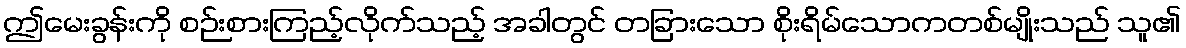
ဤမေးခွန်းကို စဉ်းစားကြည့်လိုက်သည့် အခါတွင် တခြားသော စိုးရိမ်သောကတစ်မျိုးသည် သူ၏